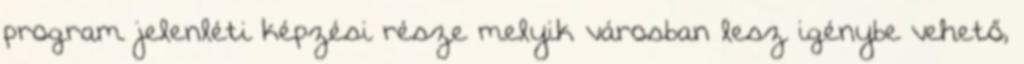
program jelenléti képzési része melyik városban lesz igénybe vehető,